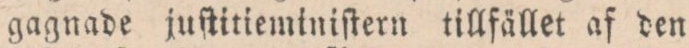
gagnade juſtitieminiſtern tillfället af den